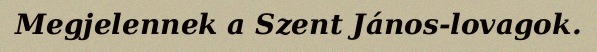
Megjelennek a Szent János-lovagok.